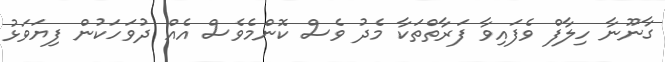
ގާނޫނާ ހިލާފް ވެފައިވާ ފަރާތްތަކާ މެދު ވެސް ކޮންމެވެސް އެއް ދުވަހަކުން ފިޔަވަޅު